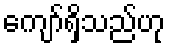
ကျော်ရှိသည်ဟု